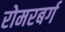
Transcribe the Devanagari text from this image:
रोमरबर्ग